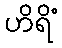
ဟိရိံ